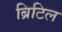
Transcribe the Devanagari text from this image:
ब्रिटिल